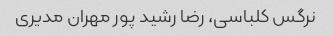
نرگس کلباسی، رضا رشید پور مهران مدیری